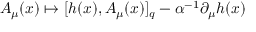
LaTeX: A _ { \mu } ( x ) \mapsto [ h ( x ) , A _ { \mu } ( x ) ] _ { q } - \alpha ^ { - 1 } \partial _ { \mu } h ( x )